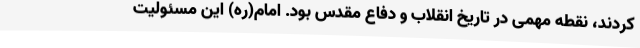
کردند، نقطه مهمی در تاریخ انقلاب و دفاع مقدس بود. امام(ره) این مسئولیت